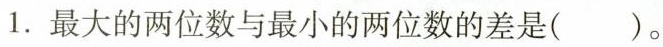
1.最大的两位数与最小的两位数的差是()。